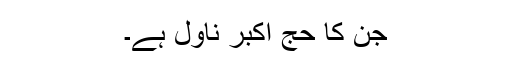
جن کا حج اکبر ناول ہے۔